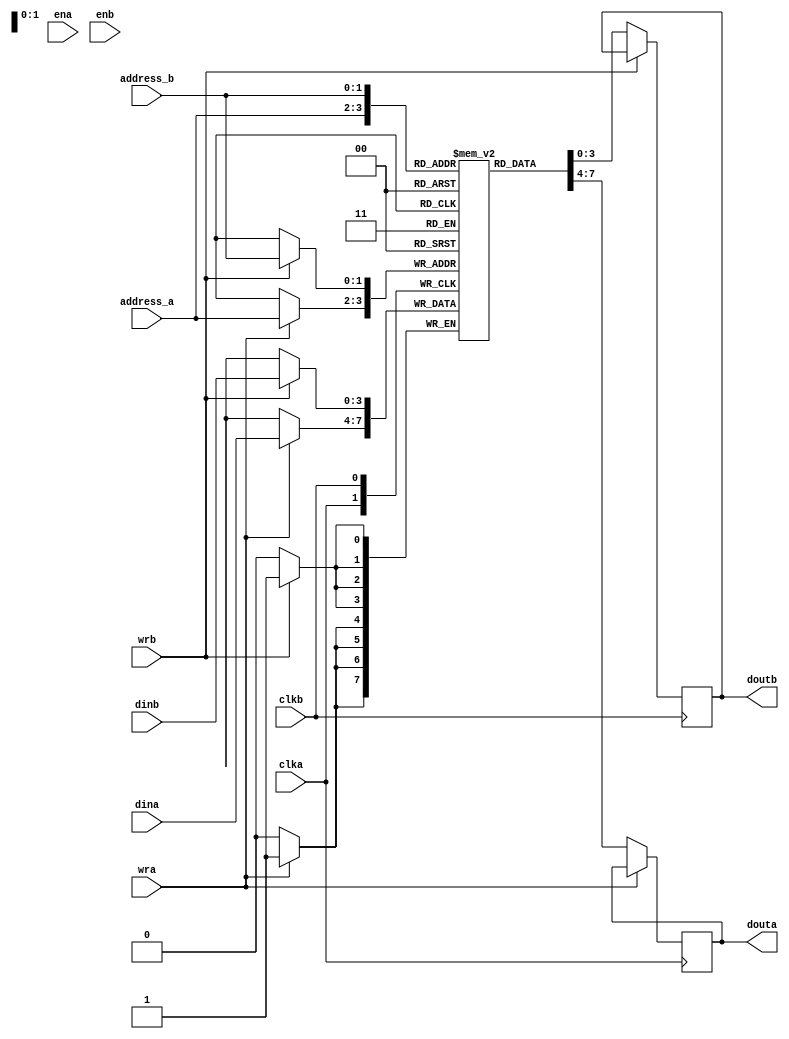
`timescale 1ns / 1ps

module dual_port_ram(
     clka,clkb,dina,dinb,wra,wrb,ena,enb,address_a,address_b,
     douta,doutb
    );

    input clka,clkb,wra,wrb,ena,enb;
	 input [3:0]dina,dinb;
	 input [1:0]address_a,address_b;
    output reg [3:0]douta,doutb;
	 reg [3:0] memory[0:3];
	 
	 always @(posedge clka)
	 
	 begin
	 
	 if(wra)
	 begin
	 memory[address_a]<= dina;
	 end
	 
	 else
	 begin
	 douta<= memory[address_a];
	 end
	 end
	 
	 always @(posedge clkb)
	 
	 begin
	 
	 if(wrb)
	 begin
	 memory[address_b]<= dinb;
	 end
	 
	 else
	 begin
	 doutb<= memory[address_b];
	 end
	 end
	 
	 
endmodule